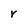
Character: r